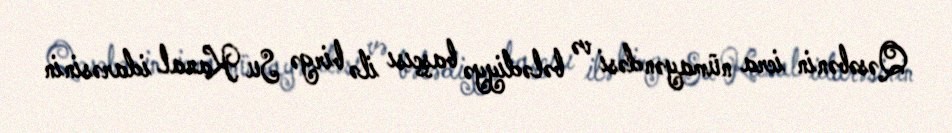
Qəsəbənin icra nümayəndəsi və bələdiyyə başçısı ilə birgə Su Kanal idarəsinin